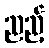
ညည့်